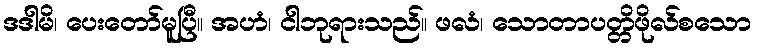
ဒဒါမိ၊ ပေးတော်မူပြီ။ အဟံ၊ ငါဘုရားသည်။ ဖလံ၊ သောတာပတ္တိဖိုလ်စသော